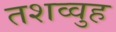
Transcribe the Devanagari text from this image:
तशव्वुह